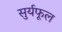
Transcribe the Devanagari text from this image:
सुर्यफूल